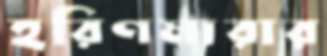
হরিণমারার